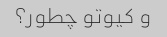
و کیوتو چطور؟